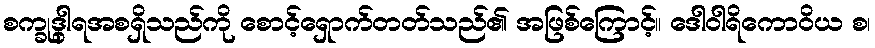
စက္ခုဒွါရအစရှိသည်ကို စောင့်ရှောက်တတ်သည်၏ အဖြစ်ကြောင့်။ ဒေါဝါရိကောဝိယ စ၊